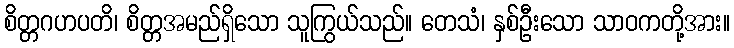
စိတ္တဂဟပတိ၊ စိတ္တအမည်ရှိသော သူကြွယ်သည်။ တေသံ၊ နှစ်ဦးသော သာဝကတို့အား။